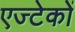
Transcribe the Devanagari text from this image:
एज्टेकों